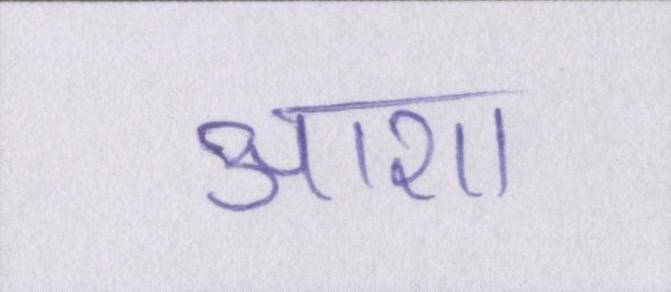
आशा